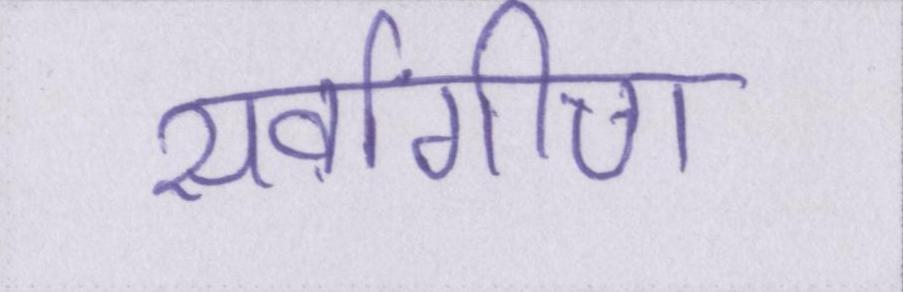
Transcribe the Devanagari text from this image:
सर्वांगीण